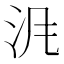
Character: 𱥹